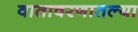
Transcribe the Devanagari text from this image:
वातावरणातल्या